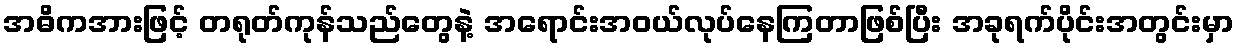
အဓိကအားဖြင့် တရုတ်ကုန်သည်တွေနဲ့ အရောင်းအဝယ်လုပ်နေကြတာဖြစ်ပြီး အခုရက်ပိုင်းအတွင်းမှာ